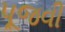
પૂજવી